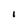
Character: I